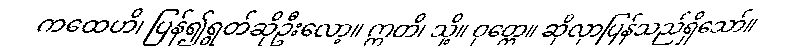
ကထေဟိ၊ ပြန်၍ရွတ်ဆိုဦးလော့။ ဣတိ၊ သို့။ ဝုတ္တေ။ ဆိုလှာပြန်သည်ရှိသော်။